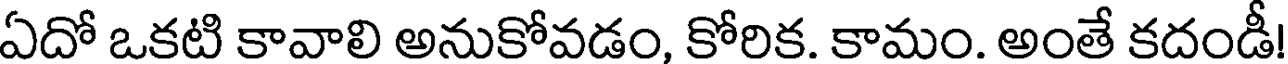
ఏదో ఒకటి కావాలి అనుకోవడం, కోరిక. కామం. అంతే కదండీ